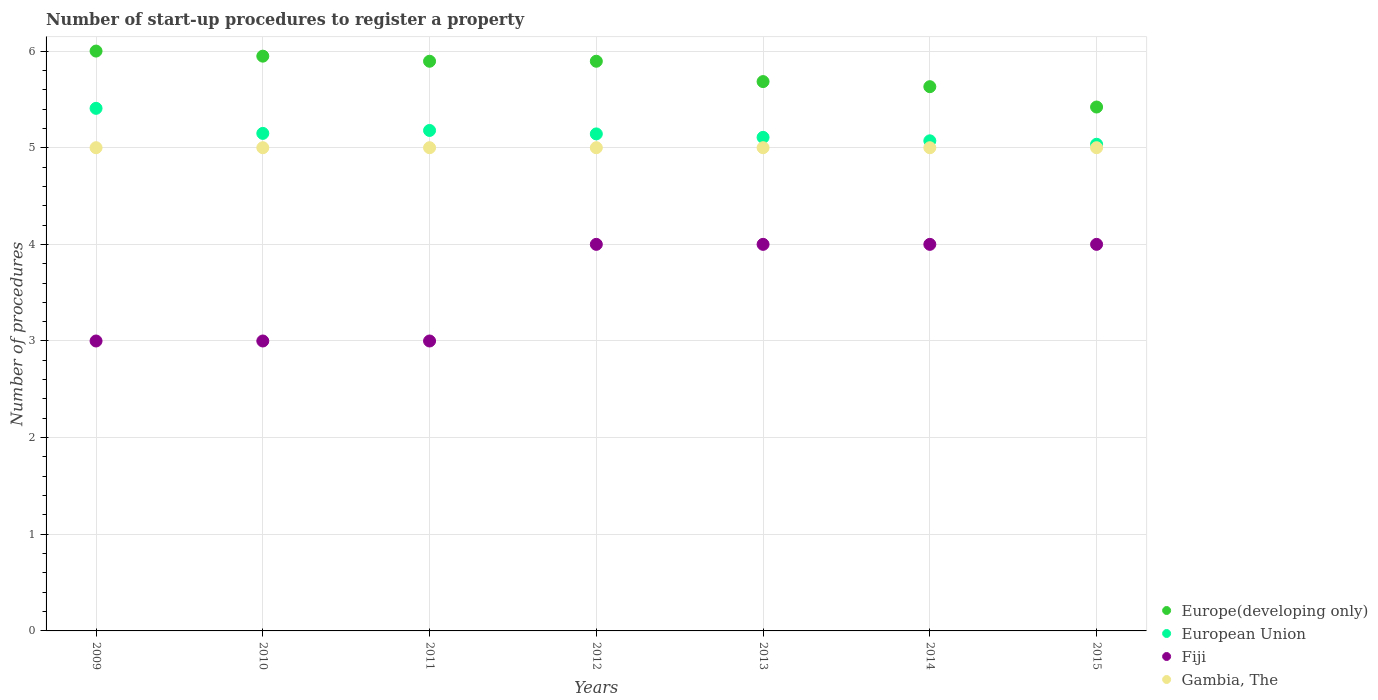
| Years | Europe(developing only) | European Union | Fiji | Gambia, The |
 | --- | --- | --- | --- | --- |
 | 2009 | 6 | 5.41 | 3 | 5 |
 | 2010 | 5.95 | 5.15 | 3 | 5 |
 | 2011 | 5.89 | 5.18 | 3 | 5 |
 | 2012 | 5.89 | 5.14 | 4 | 5 |
 | 2013 | 5.68 | 5.11 | 4 | 5 |
 | 2014 | 5.63 | 5.07 | 4 | 5 |
 | 2015 | 5.42 | 5.04 | 4 | 5 |